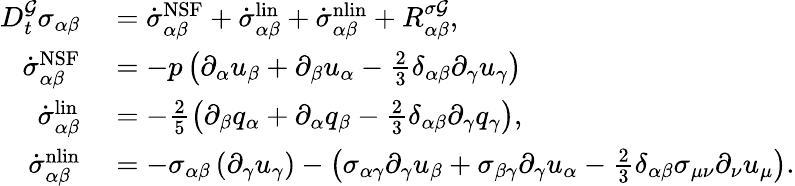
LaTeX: \begin{array}{rl}{D_{t}^{\mathcal{G}}\sigma_{\alpha\beta}}&{{}=\dot{\sigma}_{\alpha\beta}^{\mathrm{NSF}}+\dot{\sigma}_{\alpha\beta}^{\mathrm{lin}}+\dot{\sigma}_{\alpha\beta}^{\mathrm{nlin}}+R_{\alpha\beta}^{\sigma\mathcal{G}},}\\ {\dot{\sigma}_{\alpha\beta}^{\mathrm{NSF}}}&{{}=-p\left(\partial_{\alpha}u_{\beta}+\partial_{\beta}u_{\alpha}-\frac{2}{3}\delta_{\alpha\beta}\partial_{\gamma}u_{\gamma}\right)}\\ {\dot{\sigma}_{\alpha\beta}^{\mathrm{lin}}}&{{}=-\frac{2}{5}\left(\partial_{\beta}q_{\alpha}+\partial_{\alpha}q_{\beta}-\frac{2}{3}\delta_{\alpha\beta}\partial_{\gamma}q_{\gamma}\right),}\\ {\dot{\sigma}_{\alpha\beta}^{\mathrm{nlin}}}&{{}=-\sigma_{\alpha\beta}\left(\partial_{\gamma}u_{\gamma}\right)-\left(\sigma_{\alpha\gamma}\partial_{\gamma}u_{\beta}+\sigma_{\beta\gamma}\partial_{\gamma}u_{\alpha}-\frac{2}{3}\delta_{\alpha\beta}\sigma_{\mu\nu}\partial_{\nu}u_{\mu}\right).}\end{array}